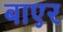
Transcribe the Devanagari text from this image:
बाएर